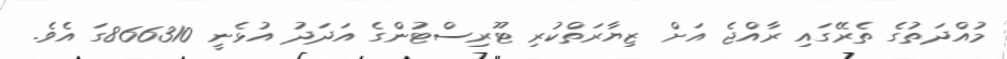
މުއްދަތުގެ ތެރޭގައި ރާއްޖެ އަށް ޒިޔާރަތްކުރި ޓޫރިސްޓުންގެ އަދަދު އުޅެނީ 866310ގަ އެވެ.